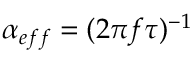
\alpha _ { e f f } = ( 2 \pi f \tau ) ^ { - 1 }